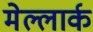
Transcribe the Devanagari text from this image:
मेल्लार्क